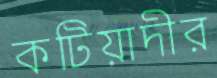
কটিয়াদীর